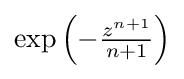
{\textstyle \exp \left(-{\tfrac {z^{n+1}}{n+1}}\right)}